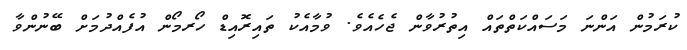
ކުރަމުން އަންނަ މަސައްކަތްތައް އިތުރުވާން ޖެހެއެވެ. ވުމާއެކު ތައިރޮއިޑް ހޯރމޯން އުފެއްދުމަށް ބޭނުންވާ